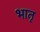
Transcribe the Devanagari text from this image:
भातृ